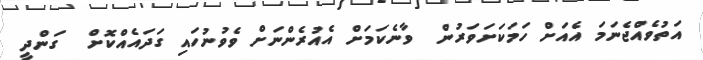
އަތުވެއްޖެނަމަ އެއަށް ހަމަކަށަވަރުން  ވާނެކަމަށް އެއުރެންނަށް ވެވުނުހައި ގަދައެއްކޮށް  ގަންދީ